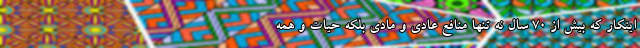
ایتکار که بیش از 70 سال نه تنها منافع عادی و مادی بلکه حیات و همه